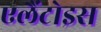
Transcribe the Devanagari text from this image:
एलैंटोइस